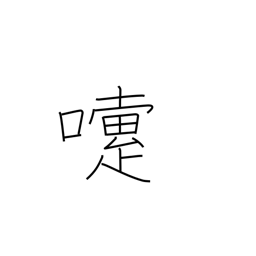
Meaning: sneeze